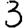
Digit: 3